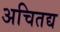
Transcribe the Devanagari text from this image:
अचितद्य